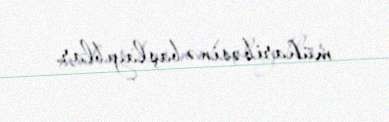
müharibəsinə başlayıblar.